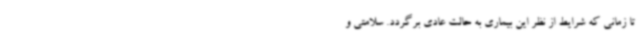
تا زمانی که شرایط از نظر این بیماری به حالت عادی برگردد. سلامتی و